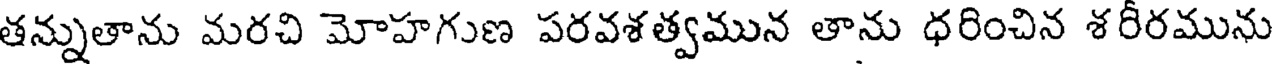
తన్నుతాను మరచి మోహగుణ పరవశత్వమున తాను ధరించిన శరీరమును